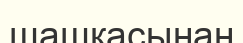
шашқасынан